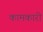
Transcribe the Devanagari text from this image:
कामकारी